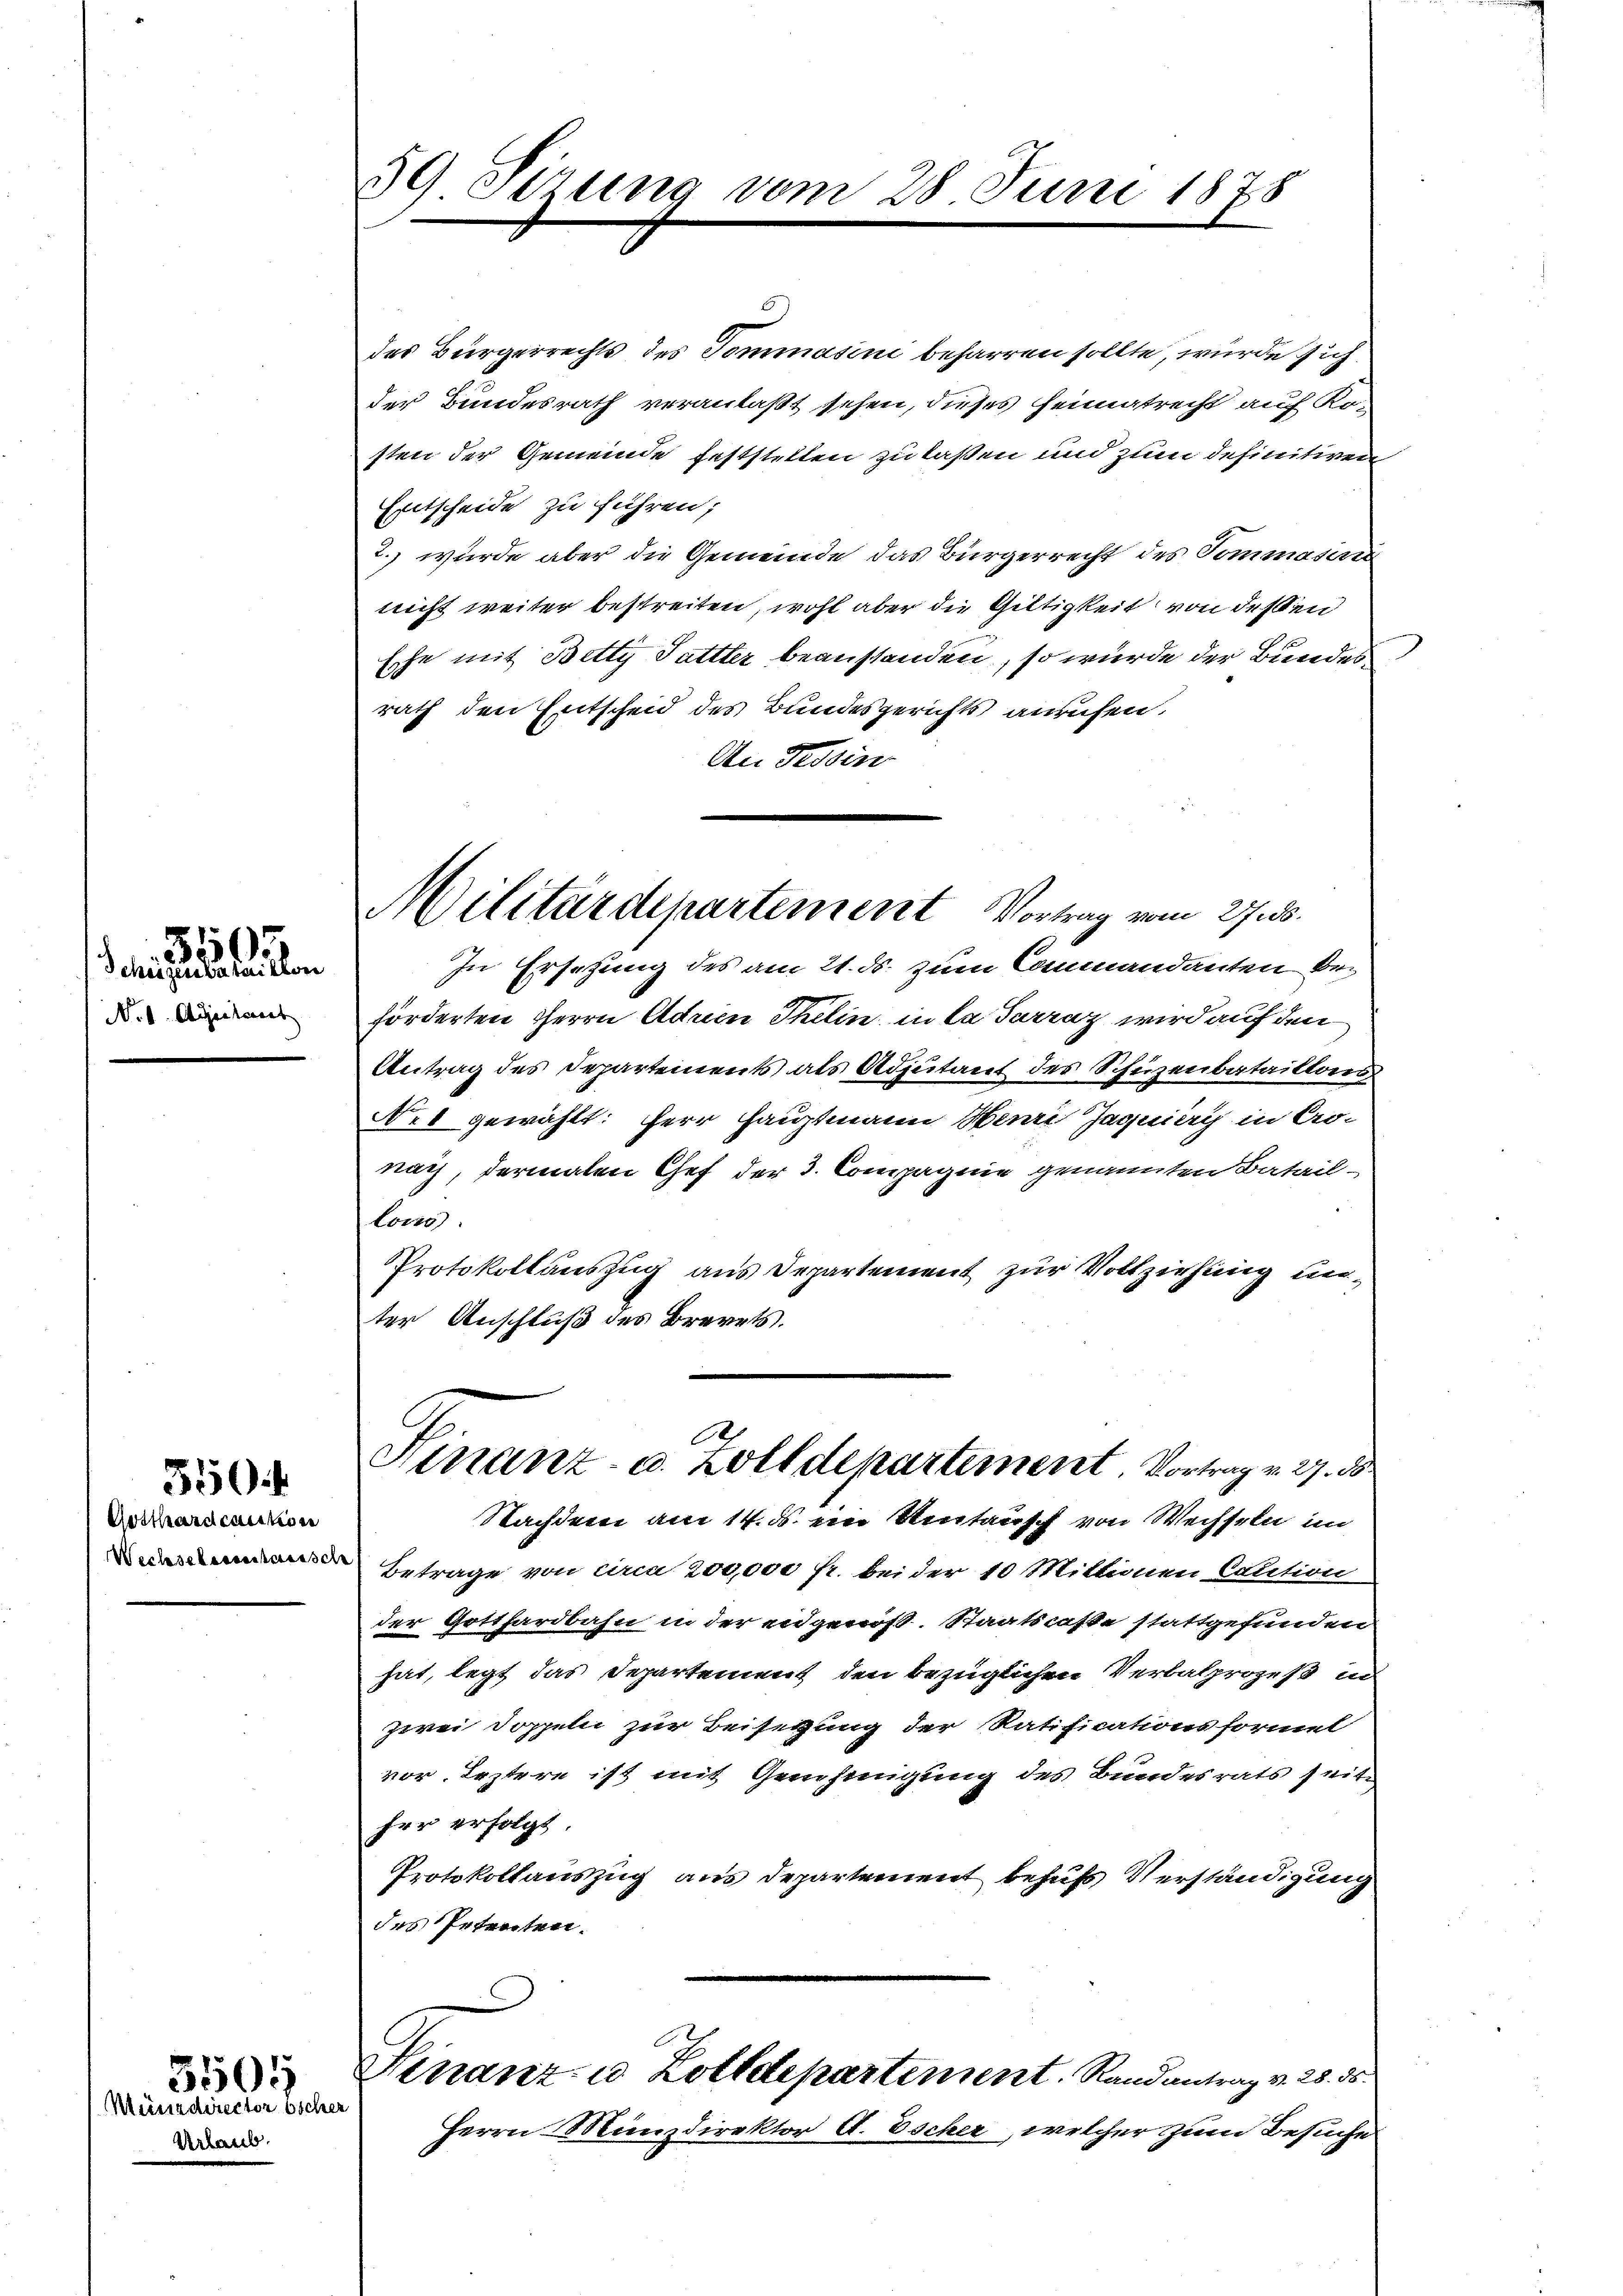
No. 1. Aprilant

31
Schaugestellen

550

Gotthardcaution

3505

Münzdirector Escher
Urlaub.

59 Sizung

28. Juni 1878

Militärdepartement Vortrag vom 27. ds.

3
des Bürgerrechts des Sommasini beharren sollte, wurde sich
der Bundesrath veranlaßt sehen, dieses Heimatrecht auf Ko-
sten der Gemeinde feststellen zu laßen und zum definitiven
Entscheide zu führen;
2.) wurde aber die Gemeinde das Bürgerrecht des Tommasini
nicht weiter bestreiten, wohl aber die Giltigkeit von dessen
Esche mit Betty Sattler beanstanden, so wurde der Bundes
rath den Entscheid des Bundesgerichts anrufen.
An Tessin
In Ersetzung des am 21. ds. zum Commandanten Bez
förderten Herrn Adrien Thelin in la Sarraz wird auf den
Antrag des Departements als Adjutant des Schuzenbataillons
No. 1 gewählt: Herr Hauptmann Henri Jaquiery in Cro-
nach, dermalen Chef der 3. Compagnie genannten Batail-
tons
Protokollauszug aus Departement zur Vollziehung unter Anschluß des Brevets.
Finanz- u. Zolldepartement Vortrag v. 27. ds
Nachdem am 14. ds. ein Umtausch von Wechseln im
Betrage von circa 200000 fr. bei der 10 Millionen Colition
der Gotthardbahn in der engenos. Staatscaße stattgefunden
hat, legt das Departement den bezüglichen Verbalprozeß und
zwei Doppeln zur Beisetzung der Ratificationsformel
vor. Leztere ist mit Genehmigung des Bundesrats seite
her erfolgt.
Protokollauszug aus Departement behufs Verständigung
des Petenten.
Finanz- u. Zolldepartement. Randantrag v. 28. ds.
Herrn Münzdirektor A. Escher, welcher zum Besuche